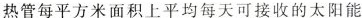
热管每平方米面积上平均每天可接收的太阳能